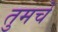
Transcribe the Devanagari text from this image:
तुमचें